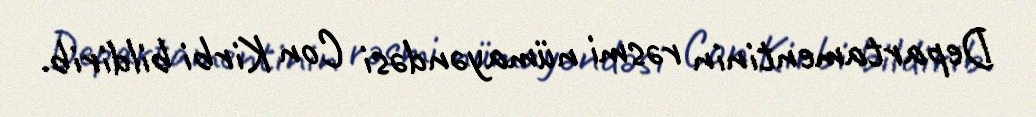
Departamentinin rəsmi nümayəndəsi Con Kirbi bildirib.